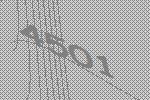
4501